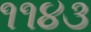
૧૧૪૩